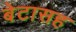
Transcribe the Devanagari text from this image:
बेटासह